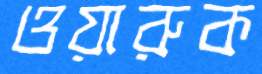
ওয়ারুক